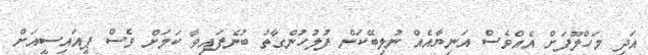
އަދި މަހްލޫފަށް އެއްވެސް އަނިޔާއެއް ނުލިބޭކަން ފުލުހުންގާތު ބުނެފައިވާ ކަމަށް ވެސް ޕީއައިސީއަށް